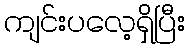
ကျင်းပလေ့ရှိပြီး